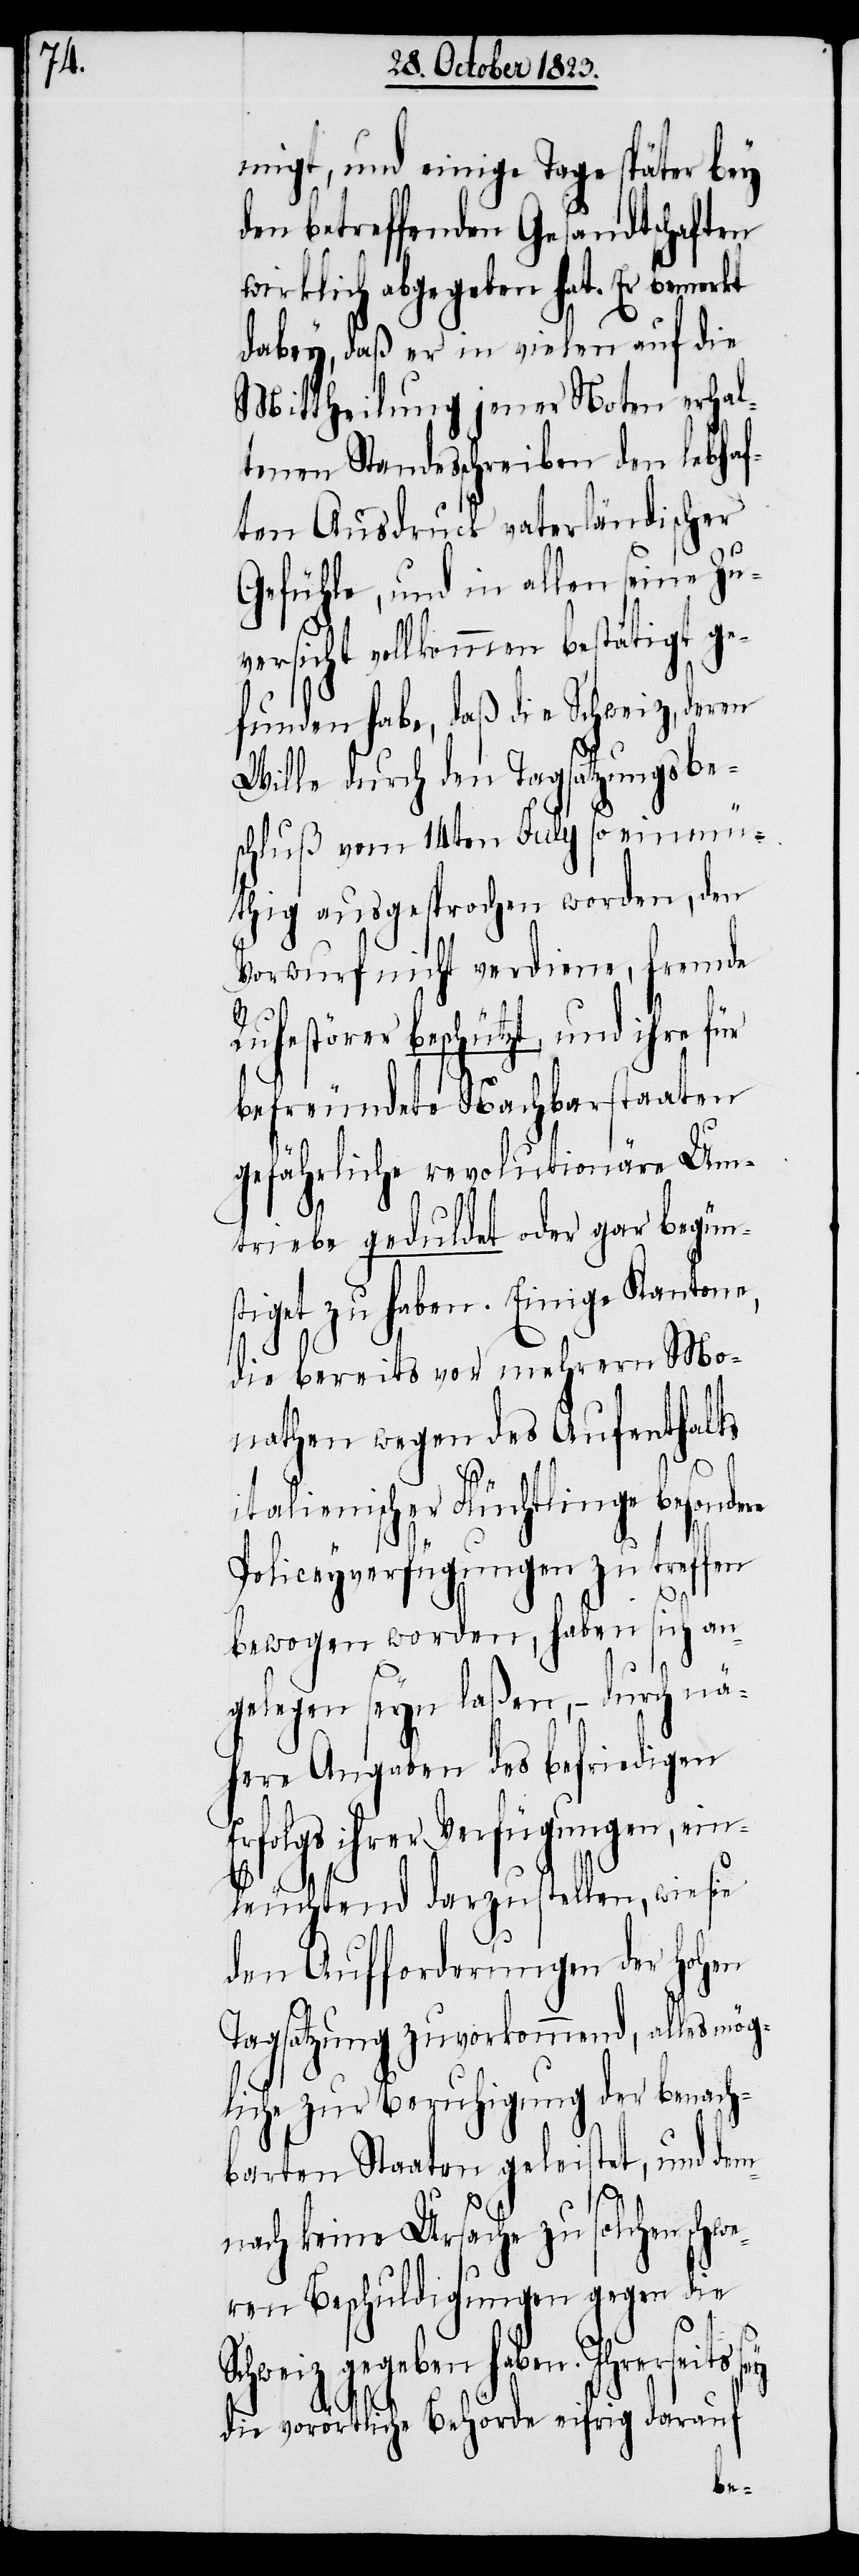
migt, und einige Tage später bey
den betreffenden Gesandtschaften
wirklich abgegeben hat. Er bemerkt
dabey, daß er in vielen auf die
Mittheilung jener Noten erhal¬
tenen Standesschreiben den lebhaf¬
ten Ausdruck vaterländischer
Gefühle, und in allen seine Zuv¬
ersicht vollkommen bestätigt ge¬
funden habe, daß die Schweiz, deren
Wille durch den Tagsatzungsbe¬
schluß vom 14ten July so einmü¬
thig ausgesprochen worden, den
Vorwurf nicht verdiene, fremde
uhestörer beschützt, und ihre für
befreundete Nachbarstaaten
gefährliche revolutionäre Um¬
triebe geduldet oder gar begün¬
stiget zu haben. Einige Kantone,
die bereits vor mehrern Mo¬
nathen wegen des Aufenthalts
italienischer Flüchtlinge besondere
Policeyverfügungen zu treffen
bewogen worden, haben sich an¬
gelegen seyn laßen, − durch nä¬
here Angaben des befriedigen
Erfolgs ihrer Verfügungen, ein¬
leuchtend darzustellen, wie sie
den Aufforderungen der hohen
Tagsatzung zuvorkommen, alles mög¬
liche zur Beruhigung der benach¬
barten Staaten geleistet und dem¬
nach keine Ursache zu solchen sch¬
ren Beschuldigungen gegen die
ben haben. Ihrerseits
sey
die vorörtliche Behörde eifrig darauf